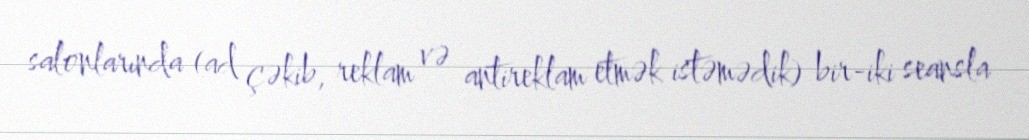
salonlarında (ad çəkib, reklam və antireklam etmək istəmədik) bir-iki seansla